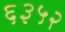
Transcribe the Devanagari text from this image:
६३५२